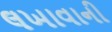
લખાવાની